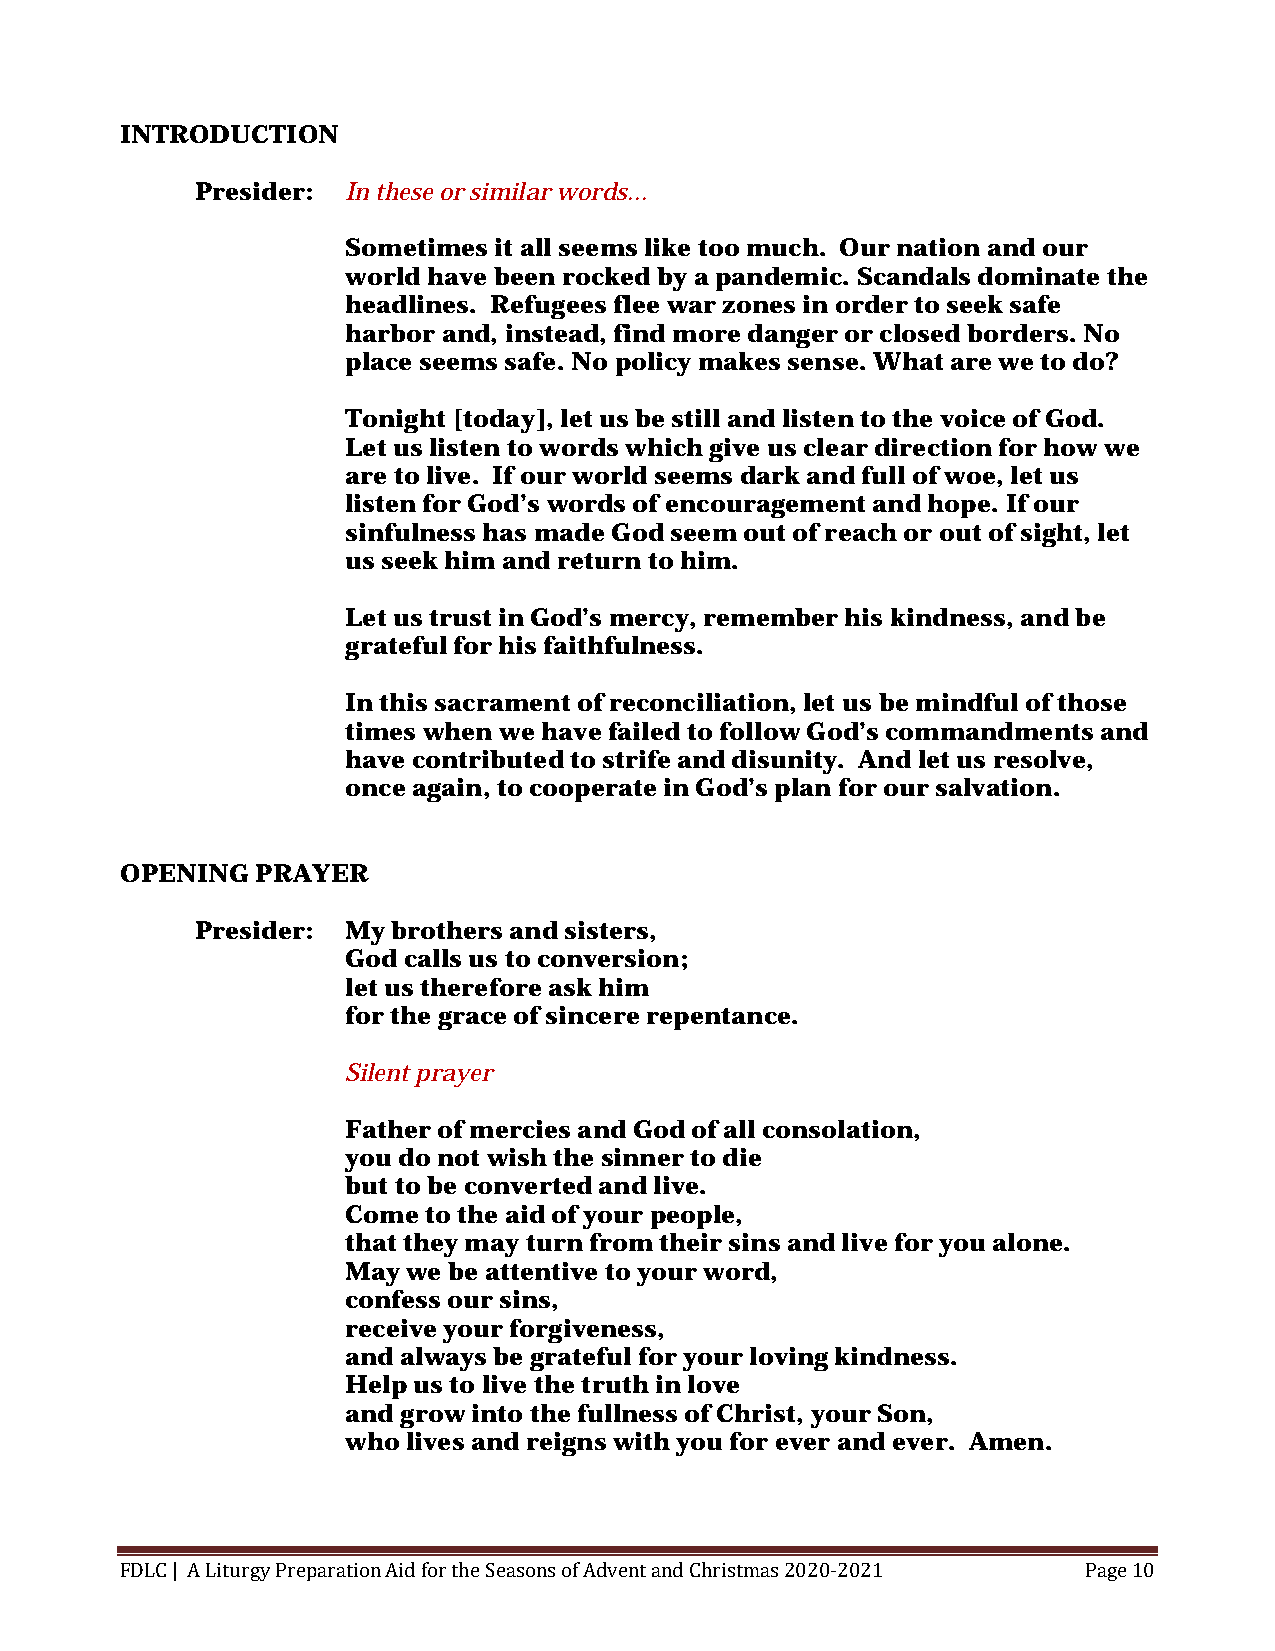
INTRODUCTION
 Presider: In these or similar words...
 Sometimes it all seems like too much. Our nation and our
 world have been rocked by a pandemic. Scandals dominate the
 headlines. Refugees flee war zones in order to seek safe
 harbor and, instead, find more danger or closed borders. No
 place seems safe. No policy makes sense. What are we to do?
 Tonight [today], let us be still and listen to the voice of God.
 Let us listen to words which give us clear direction for how we
 are to live. If our world seems dark and full of woe, let us
 listen for God’s words of encouragement and hope. If our
 sinfulness has made God seem out of reach or out of sight, let
 us seek him and return to him.
 Let us trust in God’s mercy, remember his kindness, and be
 grateful for his faithfulness.
 In this sacrament of reconciliation, let us be mindful of those
 times when we have failed to follow God’s commandments and
 have contributed to strife and disunity. And let us resolve,
 once again, to cooperate in God’s plan for our salvation.
 OPENING  PRAYER
 Presider: My brothers and sisters,
 God calls us to conversion;
 let us therefore ask him
 for the grace of sincere repentance.
 Silent prayer
 Father of mercies and God of all consolation,
 you do not wish the sinner to die
 but to be converted and live.
 Come to the aid of your people,
 that they may turn from their sins and live for you alone.
 May we be attentive to your word,
 confess our sins,
 receive your forgiveness,
 and always be grateful for your loving kindness.
 Help us to live the truth in love
 and grow into the fullness of Christ, your Son,
 who lives and reigns with you for ever and ever. Amen.
 FDLC | A Liturgy Preparation Aid for the Seasons of Advent and Christmas 2020-2021 Page 10